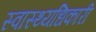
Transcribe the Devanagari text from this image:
स्वास्थ्यधिकारी